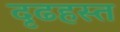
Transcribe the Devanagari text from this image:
दृढहस्त